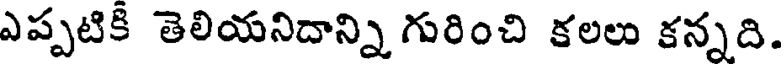
ఎప్పటికి తెలియనిదాన్ని గురించి కలలు కన్నది.